Problem: 12 + 7 = ?
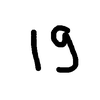
Handwritten answer: 19